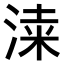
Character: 𣸡